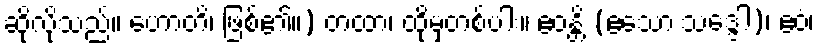
ဆိုလိုသည်။ ဟောတိ၊ ဖြစ်၏။) တထာ၊ ထိုမှတစ်ပါး။ ဧဝန္တိ (ဧသော သဒ္ဒေါ)၊ ဧဝံ၊